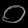
Digit: ၀